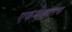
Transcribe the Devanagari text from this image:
एकमेकातच